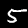
Label: 5